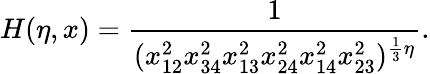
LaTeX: H(\eta,x)=\frac{1}{(x_{12}^{2}x_{34}^{2}x_{13}^{2}x_{24}^{2}x_{14}^{2}x_{23}^{2})^{\frac{1}{3}\eta}}.